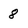
Character: 8